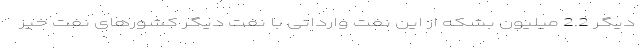
دیگر 2.2 میلیون بشکه از این نفت وارداتی با نفت دیگر کشورهای نفت خیز